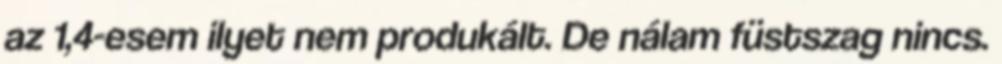
az 1,4-esem ilyet nem produkált. De nálam füstszag nincs.